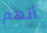
أتهم